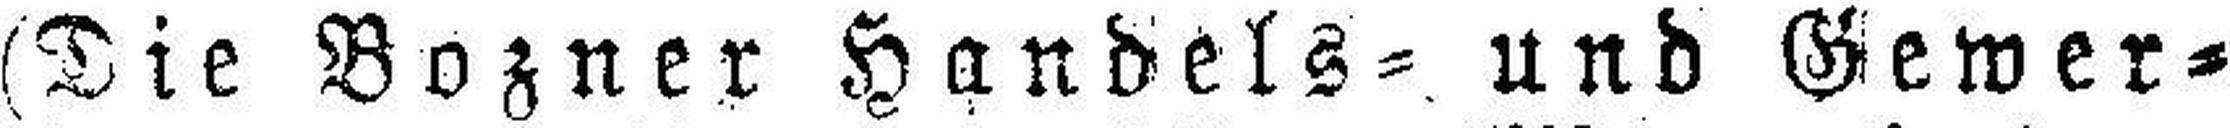
(Die Bozner Handels= und Gewer¬